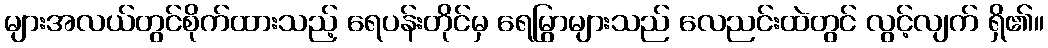
များအလယ်တွင်စိုက်ထားသည့် ရေပန်းတိုင်မှ ရေမြွာများသည် လေညင်းထဲတွင် လွင့်လျက် ရှိ၏။